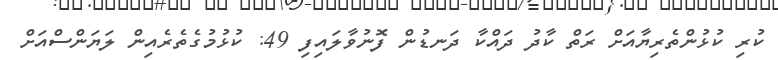
ކުރި ކުޅުންތެރިޔާއަށް ރަތް ކާދު ދައްކާ ދަނޑުން ފޮނުވާލައިފި 49: ކުޅުމުގެތެރެއިން ލަޔަންސްއަށް